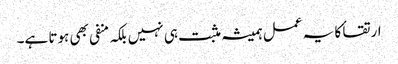
ارتقا ٔکا یہ عمل ہمیشہ مثبت ہی نہیں بلکہ منفی بھی ہوتا ہے۔